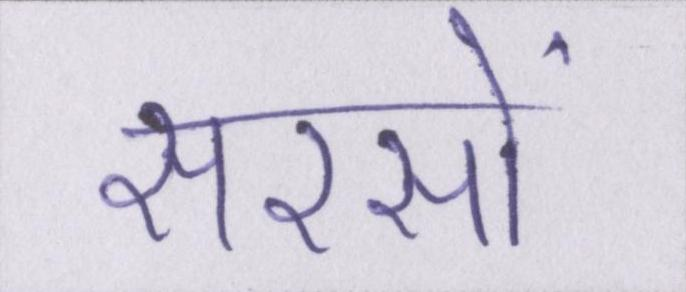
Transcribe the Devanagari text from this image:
सरसों